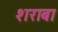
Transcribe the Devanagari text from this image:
शराबा